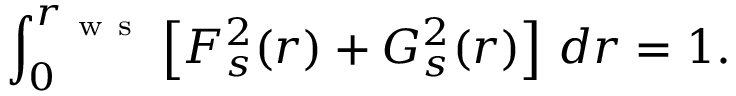
\int _ { 0 } ^ { r _ { \mathrm { ~ w ~ s ~ } } } \left[ F _ { s } ^ { 2 } ( r ) + G _ { s } ^ { 2 } ( r ) \right] \, d r = 1 .